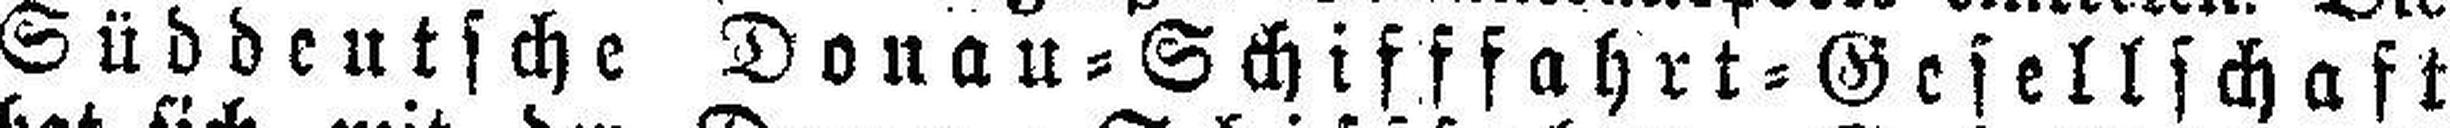
Süddeutsche Donau=Schifffahrt=Gesellschaft